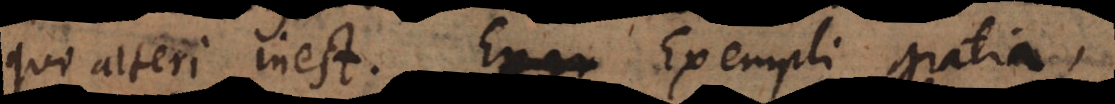
qui alteri inest. Exempli gratia,